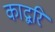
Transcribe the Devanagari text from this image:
काद्बरि